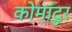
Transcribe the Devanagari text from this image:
कोमांदुर